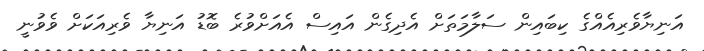
އަނިޔާވެރިއެއްގެ ކިބައިން ސަލާމަތަށް އެދިގެން އައިސް އެއަށްވުރެ ބޮޑު އަނިޔާ ވެރިއަކަށް ވެވުނީ